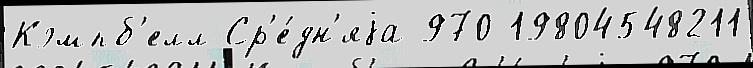
Кэмпб'елл Ср'е́дн'яjа 970 19804548211